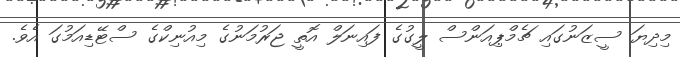
މިދިޔަ ސީޒަނުގައި ޗެމްޕިއަންސް ލީގުގެ ފައިނަލް އޮތީ ޖަރުމަނުގެ މިއުނިކްގެ ސްޓޭޑިއަމުގަ އެވެ.